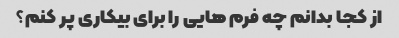
از کجا بدانم چه فرم هایی را برای بیکاری پر کنم؟